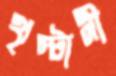
খৃস্টানী